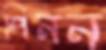
পিনন